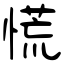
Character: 慌